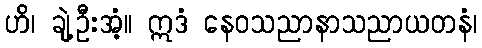
ဟိ၊ ချဲ့ဦးအံ့။ ဣဒံ နေဝသညာနာသညာယတနံ၊